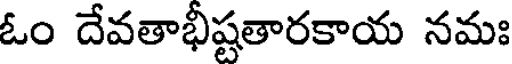
ఓం దేవతాభీష్టతారకాయ నమః